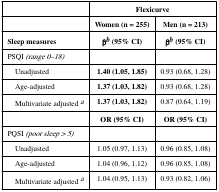
<table><thead><tr><td>[EMPTY_CELL]</td><td colspan="2"><b>Flexicurve</b></td></tr><tr><td>[EMPTY_CELL]</td><td><b>Women (n = 255)</b></td><td><b>Men (n = 213)</b></td></tr><tr><td><b>Sleep measures</b></td><td><b>βb (95% CI)</b></td><td><b>βb (95% CI)</b></td></tr></thead><tbody><tr><td>PSQI <i>(range 0–18)</i></td><td>[EMPTY_CELL]</td><td>[EMPTY_CELL]</td></tr><tr><td> Unadjusted</td><td><b>1.40 (1.05, 1.85)</b></td><td>0.93 (0.68, 1.28)</td></tr><tr><td> Age-adjusted</td><td><b>1.37 (1.03, 1.82)</b></td><td>0.93 (0.68, 1.28)</td></tr><tr><td> Multivariate adjusted a</td><td><b>1.37 (1.03, 1.82)</b></td><td>0.87 (0.64, 1.19)</td></tr><tr><td>[EMPTY_CELL]</td><td><b>OR (95% CI)</b></td><td><b>OR (95% CI)</b></td></tr><tr><td>PQSI <i>(poor sleep &gt; 5)</i></td><td>[EMPTY_CELL]</td><td>[EMPTY_CELL]</td></tr><tr><td> Unadjusted</td><td>1.05 (0.97, 1.13)</td><td>0.96 (0.85, 1.08)</td></tr><tr><td> Age-adjusted</td><td>1.04 (0.96, 1.12)</td><td>0.96 (0.85, 1.08)</td></tr><tr><td> Multivariate adjusted a</td><td>1.04 (0.95, 1.13)</td><td>0.93 (0.82, 1.06)</td></tr></tbody></table>